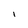
Character: l